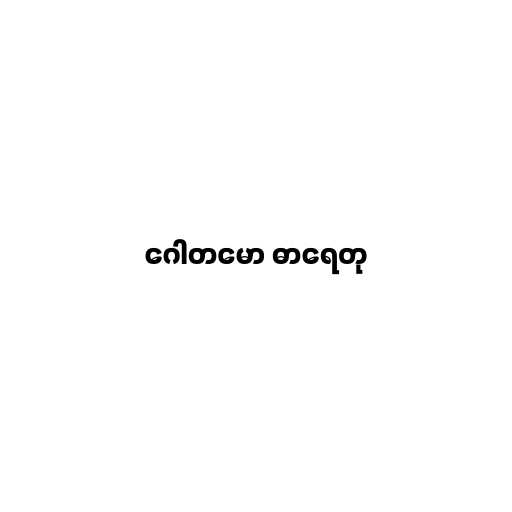
ဂေါတမော ဓာရေတု